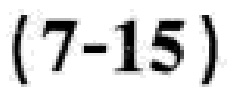
\((7 - 15)\)